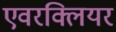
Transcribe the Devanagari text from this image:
एवरक्लियर